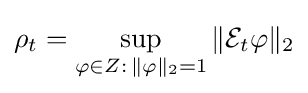
\rho _{t}=\sup _{\varphi \in Z:\,\|\varphi \|_{2}=1}\|{\mathcal {E}}_{t}\varphi \|_{2}